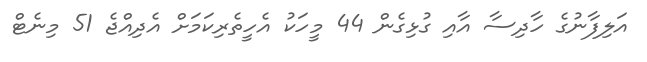
އަލިފާނުގެ ހާދިސާ އާއި ގުޅިގެން 44 މީހަކު އެހީތެރިކަމަށް އެދިއްޖެ 51 މިނެޓް